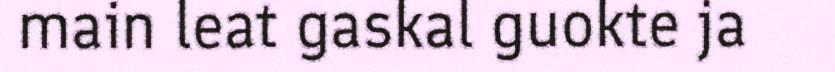
main leat gaskal guokte ja